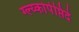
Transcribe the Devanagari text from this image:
ग्ल्य्कोपेप्तिदे